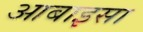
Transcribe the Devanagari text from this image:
आबाइसा